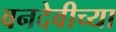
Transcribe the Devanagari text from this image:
वनदेवीच्या